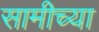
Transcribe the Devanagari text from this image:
सामीच्या